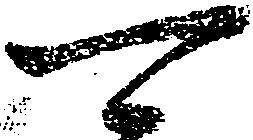
可